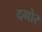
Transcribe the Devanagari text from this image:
दगोर